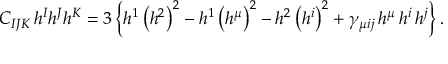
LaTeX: C _ { I J K } \, h ^ { I } h ^ { J } h ^ { K } = 3 \left\{ h ^ { 1 } \, \big ( h ^ { 2 } \big ) ^ { 2 } - h ^ { 1 } \, \big ( h ^ { \mu } \big ) ^ { 2 } - h ^ { 2 } \, \big ( h ^ { i } \big ) ^ { 2 } + \gamma _ { \mu i j } \, h ^ { \mu } \, h ^ { i } \, h ^ { j } \right\} .